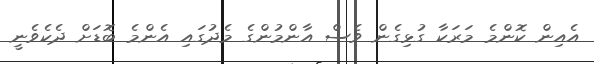
އެއިން ކޮންމެ މަރަކާ ގުޅިގެން ވެސް އާންމުންގެ މެދުގައި އެންމެ ބޮޑަށް ދެކެވެނީ